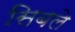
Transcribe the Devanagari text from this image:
सिबले